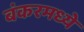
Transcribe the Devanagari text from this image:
बंकरमध्ये